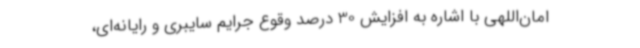
امان‌اللهی با اشاره به افزایش 30 درصد وقوع جرایم سایبری و رایانه‌ای،